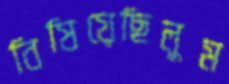
বিষিয়েছিলুম